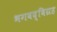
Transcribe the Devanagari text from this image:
भगवद्विग्रह